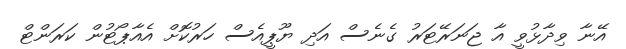
އޭނާ ވިދާޅުވީ އާ ޖަނަރޭޓަރު ގެނެސް އަދި ޔޫޕީއެސް ހަރުކޮށް އެއާޕޯޓުން ކަރަންޓް